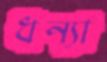
ধন্যা